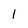
Character: 1